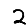
Digit: 2